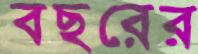
বছরের